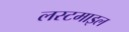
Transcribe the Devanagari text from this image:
लस्टमाइल